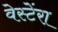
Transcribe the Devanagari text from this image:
वेस्टेंरा